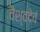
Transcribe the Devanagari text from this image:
वैश्वदेवं